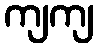
ကျကျ